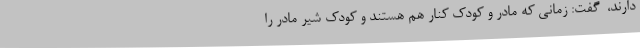
دارند، ‌ گفت: زمانی که مادر و کودک کنار هم هستند و کودک شیر مادر را